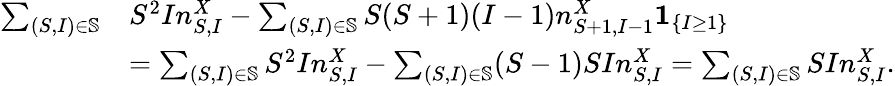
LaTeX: \begin{array}{rl}{\sum_{(S,I)\in\mathbb{S}}}&{S^{2}In_{S,I}^{X}-\sum_{(S,I)\in\mathbb{S}}S(S+1)(I-1)n_{S+1,I-1}^{X}\mathbf{1}_{\left\{ I\geq 1\right\} }}\\ &{=\sum_{(S,I)\in\mathbb{S}}S^{2}In_{S,I}^{X}-\sum_{(S,I)\in\mathbb{S}}(S-1)SIn_{S,I}^{X}=\sum_{(S,I)\in\mathbb{S}}SIn_{S,I}^{X}.}\end{array}